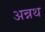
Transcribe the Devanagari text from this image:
अन्नथ